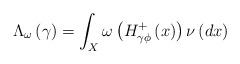
LaTeX: \begin{align*}\Lambda _{\omega }\left( \gamma \right) =\int_{X}\omega \left( H_{\gamma\phi }^{+}\left( x\right) \right) \nu \left( dx\right) \end{align*}